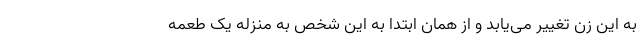
به این زن تغییر می‌یابد و از همان ابتدا به این شخص به منزله یک طعمه